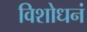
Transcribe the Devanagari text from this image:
विशोधनं